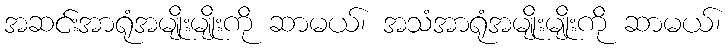
အဆင်းအာရုံအမျိုးမျိုးကို ဆာမယ်၊ အသံအာရုံအမျိုးမျိုးကို ဆာမယ်၊